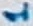
Text: 1